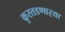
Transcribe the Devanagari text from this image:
कुरतडणार्‍या